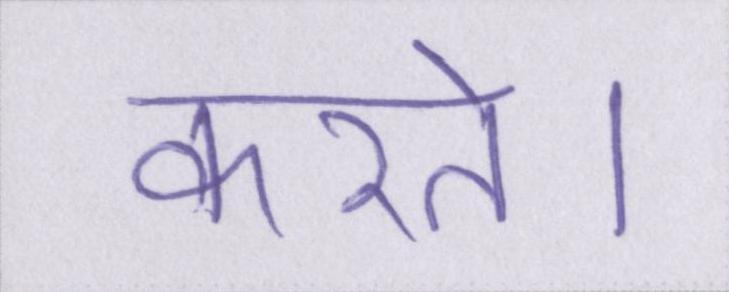
करते।